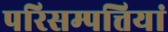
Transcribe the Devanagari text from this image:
परिसम्पत्तियां